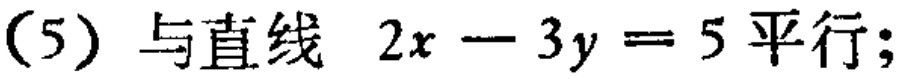
(5) 与直线 \(2x - 3y = 5\) 平行;